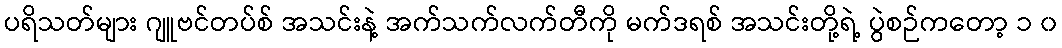
ပရိသတ်များ ဂျူဗင်တပ်စ် အသင်းနဲ့ အက်သက်လက်တီကို မက်ဒရစ် အသင်းတို့ရဲ့ ပွဲစဉ်ကတော့ ၁ ၀